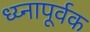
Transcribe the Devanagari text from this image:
ध्य्नापूर्वक